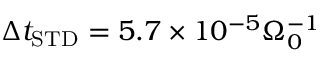
\Delta t _ { \mathrm { S T D } } = 5 . 7 \times 1 0 ^ { - 5 } \Omega _ { 0 } ^ { - 1 }